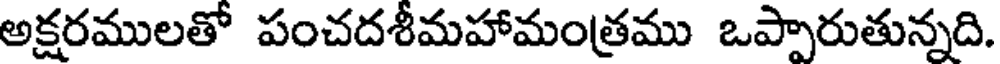
అక్షరములతో పంచదశీమహామంత్రము ఒప్పారుతున్నది.